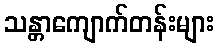
သန္တာကျောက်တန်းများ